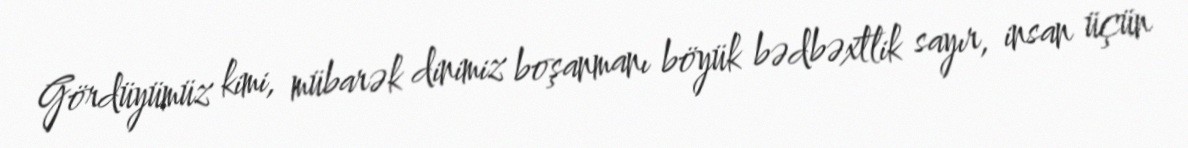
Gördüyümüz kimi, mübarək dinimiz boşanmanı böyük bədbəxtlik sayır, insan üçün